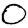
Digit: 0